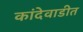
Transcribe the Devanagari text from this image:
कांदेवाडीत